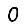
Digit: 0